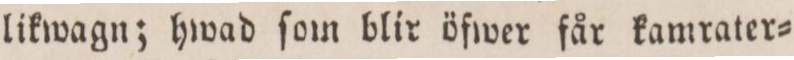
likwagn; hwad ſom blir öfwer får kamrater=